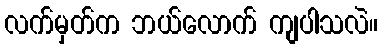
လက်မှတ်က ဘယ်လောက် ကျပါသလဲ။